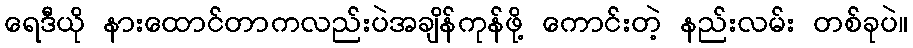
ရေဒီယို နားထောင်တာကလည်းပဲအချိန်ကုန်ဖို့ ကောင်းတဲ့ နည်းလမ်း တစ်ခုပဲ။